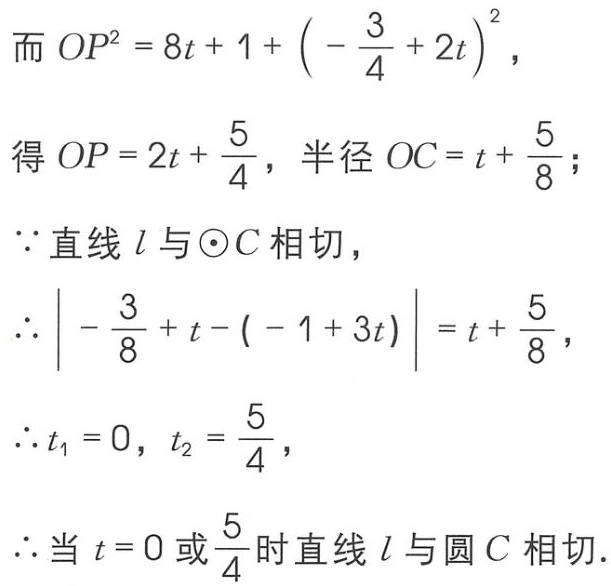
而 \(OP^{2}=8t + 1+\left(-\frac{3}{4}+2t\right)^{2}\)，
得 \(OP = 2t+\frac{5}{4}\)，半径 \(OC=t+\frac{5}{8}\)；
\(\because\)直线 \(l\) 与 \(\odot C\) 相切，
\(\therefore\left|-\frac{3}{8}+t-(-1 + 3t)\right|=t+\frac{5}{8}\)，
\(\therefore t_{1}=0,\ t_{2}=\frac{5}{4}\)，
\(\therefore\)当 \(t = 0\) 或 \(\frac{5}{4}\) 时直线 \(l\) 与圆 \(C\) 相切.